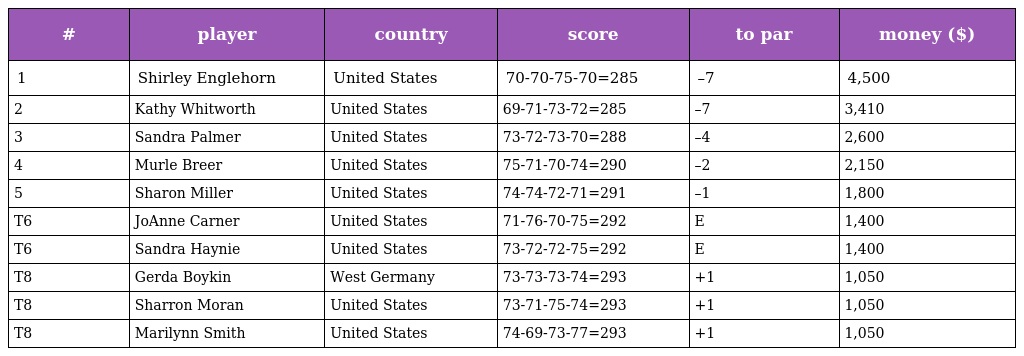
| # | player | country | score | to par | money ($) |
 | --- | --- | --- | --- | --- | --- |
 | 1 | Shirley Englehorn | United States | 70-70-75-70=285 | –7 | 4,500 |
 | 2 | Kathy Whitworth | United States | 69-71-73-72=285 | –7 | 3,410 |
 | 3 | Sandra Palmer | United States | 73-72-73-70=288 | –4 | 2,600 |
 | 4 | Murle Breer | United States | 75-71-70-74=290 | –2 | 2,150 |
 | 5 | Sharon Miller | United States | 74-74-72-71=291 | –1 | 1,800 |
 | T6 | JoAnne Carner | United States | 71-76-70-75=292 | E | 1,400 |
 | T6 | Sandra Haynie | United States | 73-72-72-75=292 | E | 1,400 |
 | T8 | Gerda Boykin | West Germany | 73-73-73-74=293 | +1 | 1,050 |
 | T8 | Sharron Moran | United States | 73-71-75-74=293 | +1 | 1,050 |
 | T8 | Marilynn Smith | United States | 74-69-73-77=293 | +1 | 1,050 |